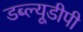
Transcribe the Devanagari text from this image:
डब्ल्यूडीपी